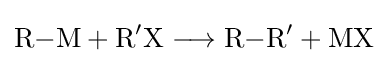
{\mathrm {R} {-}\mathrm {M} {}+{}\mathrm {R} {\vphantom {A}}^{\prime }\mathrm {X} {}\mathrel {\longrightarrow } {}\mathrm {R} {-}\mathrm {R} {\vphantom {A}}^{\prime }{}+{}\mathrm {MX} }